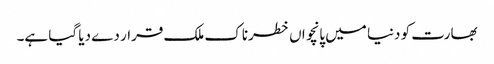
بھارت کو دنیا میں پانچواں خطرناک ملک قرار دے دیا گیا ہے۔